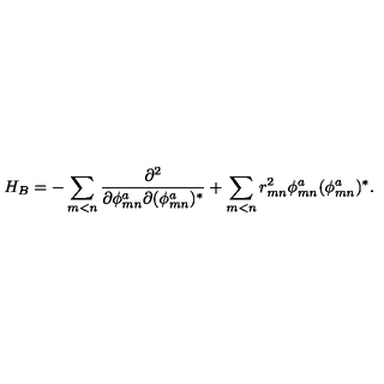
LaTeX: H _ { B } = - \sum _ { m < n } \frac { \partial ^ { 2 } } { \partial \phi _ { m n } ^ { a } \partial ( \phi _ { m n } ^ { a } ) ^ { * } } + \sum _ { m < n } r _ { m n } ^ { 2 } \phi _ { m n } ^ { a } ( \phi _ { m n } ^ { a } ) ^ { * } .